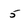
Character: 5